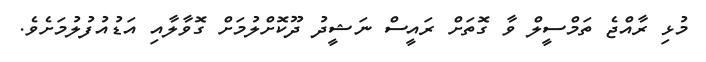
މުޅި ރާއްޖެ ތަމްސީލް ވާ ގޮތަށް ރައީސް ނަޝީދު ދޫކޮށްލުމަށް ގޮވާލާއި އަޑުއުފުލުމަށެވެ.